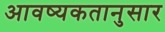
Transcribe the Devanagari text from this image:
आवष्यकतानुसार